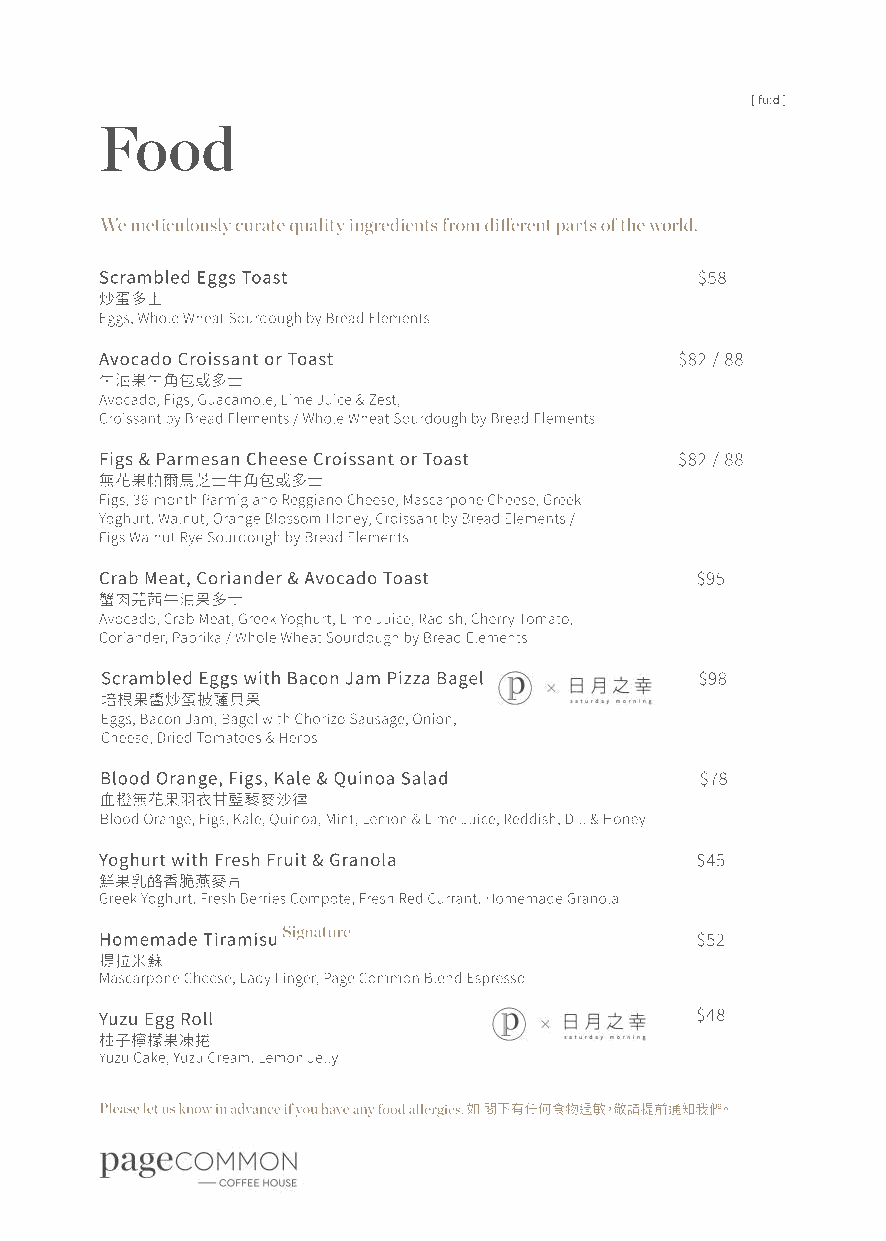
[ fuːd ]
 Food
 We meticulously curate quality ingredients from different parts of the world.
 Scrambled Eggs Toast                   $58
 炒蛋多士
 Eggs, Whole Wheat Sourdough by Bread Elements
 Avocado Croissant or Toast            $82 / 88
 牛油果牛角包或多士
 Avocado, Figs, Guacamole, Lime Juice & Zest,
 Croissant by Bread Elements / Whole Wheat Sourdough by Bread Elements
 Figs & Parmesan Cheese Croissant or Toast $82 / 88
 無花果帕爾馬芝士牛角包或多士
 Figs, 36-month Parmigiano Reggiano Cheese, Mascarpone Cheese, Greek
 Yoghurt, Walnut, Orange Blossom Honey, Croissant by Bread Elements /
 Figs Walnut Rye Sourdough by Bread Elements
 Crab Meat, Coriander & Avocado Toast   $95
 蟹肉芫茜牛油果多士
 Avocado, Crab Meat, Greek Yoghurt, Lime Juice, Radish, Cherry Tomato,
 Coriander, Paprika / Whole Wheat Sourdough by Bread Elements
 Scrambled Eggs with Bacon Jam Pizza Bagel $98
 培根果醬炒蛋披薩貝果
 Eggs, Bacon Jam, Bagel with Chorizo Sausage, Onion,
 Cheese, Dried Tomatoes & Herbs
 Blood Orange, Figs, Kale & Quinoa Salad $78
 血橙無花果羽衣甘藍藜麥沙律
 Blood Orange, Figs, Kale, Quinoa, Mint, Lemon & Lime Juice, Reddish, Dill & Honey
 Yoghurt with Fresh Fruit & Granola     $45
 G鮮re果ek乳 Y酪og香hu脆rt,燕 Fr麥es片h Berries Compote, Fresh Red Currant, Homemade Granola
 Signature
 Homemade Tiramisu                      $52
 M提a拉sc米arp蘇one Cheese, Lady Finger, Page Common Blend Espresso
 Yuzu Egg Roll                          $48
 Y柚uz子u 檸Ca檬ke果, Y凍uz捲u Cream, Lemon Jelly
 Please let us know in advance if you have any food allergies.
 如 閣下有任何食物過敏，敬請提前通知我們。